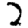
Digit: 2